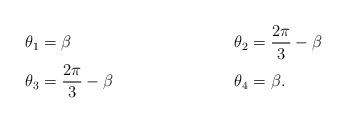
LaTeX: \begin{align*}\theta_1 &= \beta & \theta_2&= \frac{2\pi}{3} - \beta\\\theta_3 &= \frac{2\pi}{3} - \beta & \theta_4 &= \beta.\end{align*}